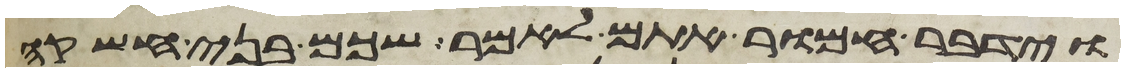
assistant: וידבר חמור אתם לאמר שכם בני חשקה